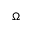
\Omega